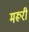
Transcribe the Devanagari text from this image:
मरूरी